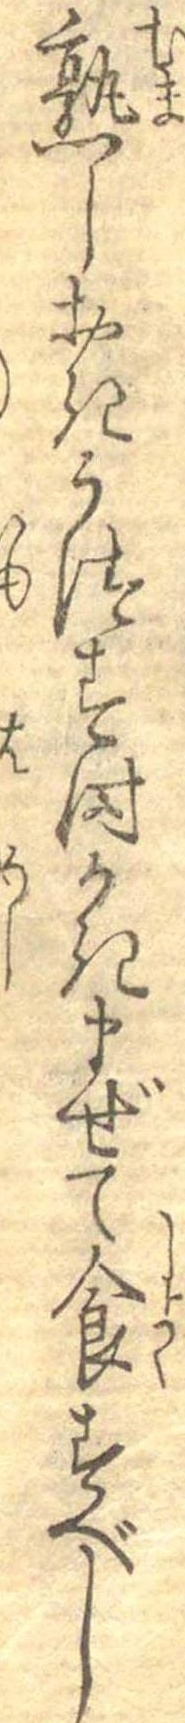
熟しおきうつす時かきまぜて食すべし